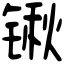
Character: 锹